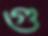
গু